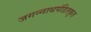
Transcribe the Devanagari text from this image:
जगन्नाथपंडितकृत